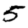
Digit: 5